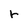
Character: r